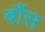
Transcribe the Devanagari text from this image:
बौंस